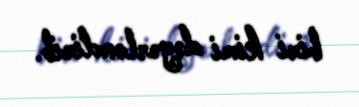
biri kimi dəyərləndirib.